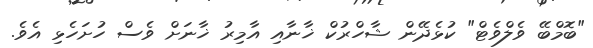
"ބޮމްބޭ ވެލްވެޓް" ކުޅެދޭން ޝާހްރުކް ޚާނާއި އާމިރު ޚާނަށް ވެސް ހުށަހެޅި އެވެ.